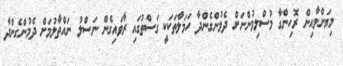
މިޔަންމާއިން ރޮހިންގާ މުސްލިމުންނަށް ދެމުންގެންދާ ހަމަލާތަކަކީ ގަސްތުގައި ރާވައިގެން ނަސްލު ނައްތާލުމަށް ދެމުންގެންދާ